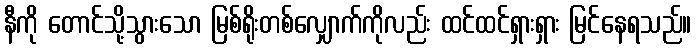
နီကို တောင်သို့သွားသော မြစ်ရိုးတစ်လျှောက်ကိုလည်း ထင်ထင်ရှားရှား မြင်နေရသည်။